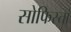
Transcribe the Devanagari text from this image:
सोफिस्तां